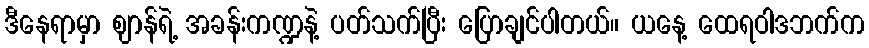
ဒီနေရာမှာ ဈာန်ရဲ့ အခန်းကဏ္ဍနဲ့ ပတ်သက်ပြီး ပြောချင်ပါတယ်။ ယနေ့ ထေရဝါဒဘက်က